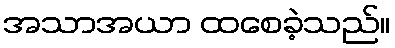
အသာအယာ ထစေခဲ့သည်။